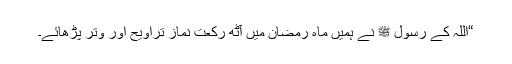
“اللہ کے رسول ﷺ نے ہمیں ماہِ رمضان میں آٹھ رکعت نمازِ تراویح اور وتر پڑھائے۔